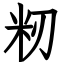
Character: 籾